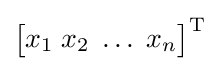
{\begin{bmatrix}x_{1}\;x_{2}\;\dots \;x_{n}\end{bmatrix}}^{\rm {T}}